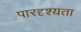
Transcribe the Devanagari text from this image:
पारदृश्यता